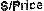
S/PRICE